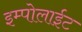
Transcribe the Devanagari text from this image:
इम्पोलाईट